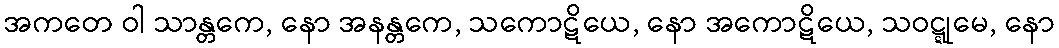
အကတေ ဝါ သာန္တကေ, နော အနန္တကေ, သကောဋိယေ, နော အကောဋိယေ, သဝဋ္ဋုမေ, နော